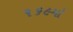
૧૬૯મો